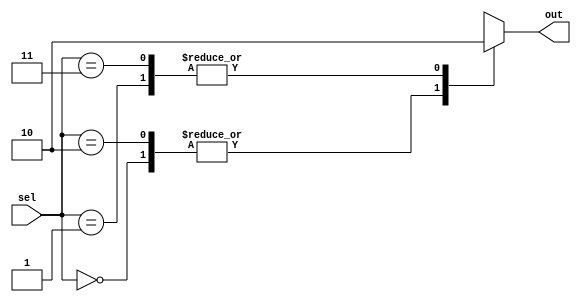
module dont_care_case (
    input [1:0] sel,
    output reg out
);

always @(*)
begin
    case(sel)
        2'b00: out = 1; // specify output behavior for don't care input values
        2'b01: out = 0; 
        2'b10: out = 1; 
        2'b11: out = 0; 
    endcase
end

endmodule